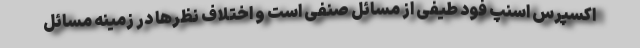
اکسپرس اسنپ فود طیفی از مسائل صنفی است و اختلاف‌ نظرها در زمینه مسائل